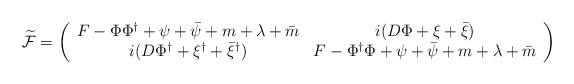
LaTeX: \begin{align*}\widetilde{\cal F} = \left( \begin{array}{cc} F - \Phi \Phi^{\dag} + \psi + \bar{\psi} + m + \lambda + \bar{m}& i ( D \Phi + \xi + \bar{\xi}) \\ i ( D \Phi^{\dag} + \xi^{\dag} + \bar{\xi}^{\dag}) & F - \Phi^{\dag} \Phi + \psi + \bar{\psi} + m + \lambda + \bar{m}\end{array} \right)\end{align*}